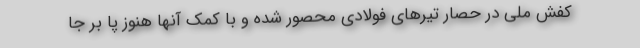
کفش ملی در حصار تیرهای فولادی محصور شده و با کمک آنها هنوز پا بر جا